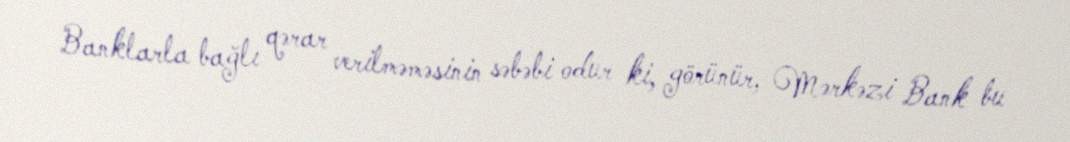
Banklarla bağlı qərar verilməməsinin səbəbi odur ki, görünür, Mərkəzi Bank bu